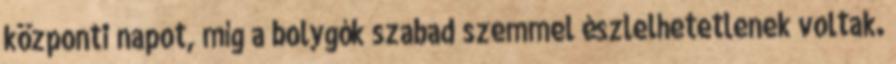
központi napot, míg a bolygók szabad szemmel észlelhetetlenek voltak.